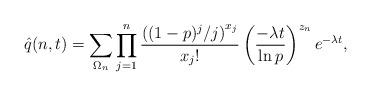
LaTeX: \begin{align*}\hat{q}(n,t)=\sum_{\Omega_{n}}\prod_{j=1}^{n}\frac{\left((1-p)^{j}/j\right)^{x_{j}}}{x_{j}!}\left(\frac{-\lambda t}{\ln p}\right)^{z_{n}}e^{-\lambda t}, \end{align*}